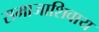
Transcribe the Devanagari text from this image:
समाजाशिवाय